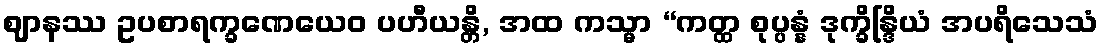
ဈာနဿ ဥပစာရက္ခဏေယေဝ ပဟီယန္တိ, အထ ကသ္မာ “ကတ္ထ စုပ္ပန္နံ ဒုက္ခိန္ဒြိယံ အပရိသေသံ